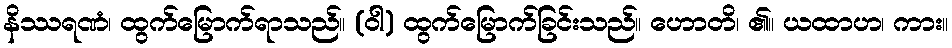
နိဿရဏံ၊ ထွက်မြောက်ရာသည်။ (ဝါ) ထွက်မြောက်ခြင်းသည်။ ဟောတိ၊ ၏။ ယထာဟ၊ ကား။